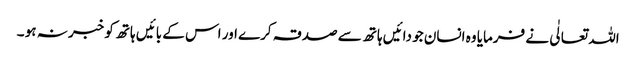
اللہ تعالٰی نے فرمایا وہ انسان جو دائیں ہاتھ سے صدقہ کرے اور اس کے بائیں ہاتھ کو خبر نہ ہو ۔